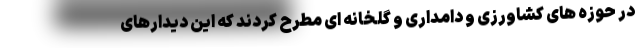
در حوزه های کشاورزی و دامداری و گلخانه ای مطرح کردند که این دیدارهای